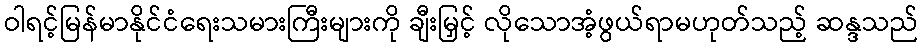
ဝါရင့်မြန်မာနိုင်ငံရေးသမားကြီးများကို ချီးမြှင့် လိုသောအံ့ဖွယ်ရာမဟုတ်သည့် ဆန္ဒသည်